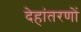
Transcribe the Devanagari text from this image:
देहांतरणों